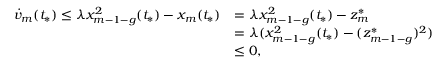
\begin{array} { r l } { \Dot { v } _ { m } ( t _ { * } ) \leq \lambda x _ { m - 1 - g } ^ { 2 } ( t _ { * } ) - x _ { m } ( t _ { * } ) } & { = \lambda x _ { m - 1 - g } ^ { 2 } ( t _ { * } ) - z _ { m } ^ { * } } \\ & { = \lambda ( x _ { m - 1 - g } ^ { 2 } ( t _ { * } ) - ( z _ { m - 1 - g } ^ { * } ) ^ { 2 } ) } \\ & { \leq 0 , } \end{array}